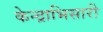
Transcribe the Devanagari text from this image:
केन्द्राभिसारी